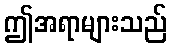
ဤအရာများသည်